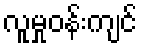
လူမှုဝန်းကျင်